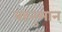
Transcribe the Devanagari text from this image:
बहनुमान्